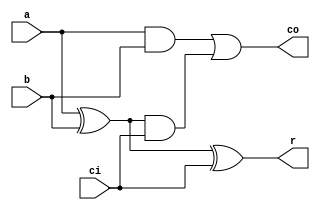
module fulladder (a, b, ci, r, co);
   input a, b, ci;
   output r, co;

   assign r = a^b^ci;
   assign co = (a&b)|((a^b)&ci);
endmodule